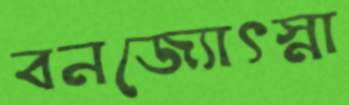
বনজ্যোৎস্না